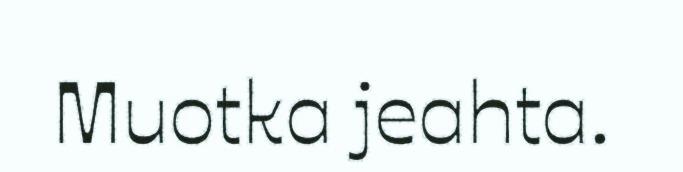
Muotka jeahta.